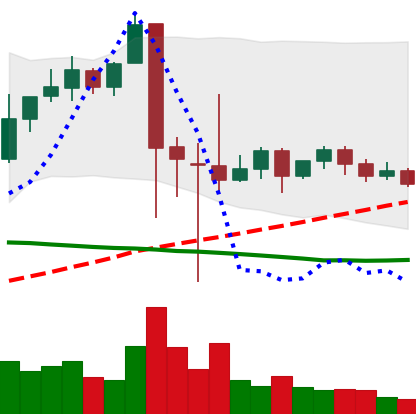
Ticker: XRP-USD
Chart end date: 2021-09-19
Forward return: -9.777%
Label: down_7plus